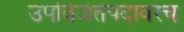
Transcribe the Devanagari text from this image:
उपविजेतेपदावरच